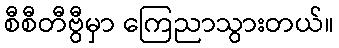
စီစီတီဗွီမှာ ကြေညာသွားတယ်။